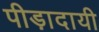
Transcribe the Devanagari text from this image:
पीड़ादायी